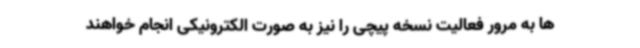
ها به مرور فعالیت نسخه پیچی را نیز به صورت الکترونیکی انجام خواهند